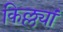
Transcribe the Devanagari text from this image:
किल्ल्यां